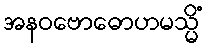
အနဝဗောဓောဟမသ္မိံ